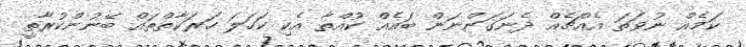
ކަމެއް ނުވަތަ އެއްޗެއް ދެނަގަންނަން ބައެއް ކުއްތާ އެކި ކަހަލަ ހަރަކާތްތައް ބޭނުންކުރާތީ